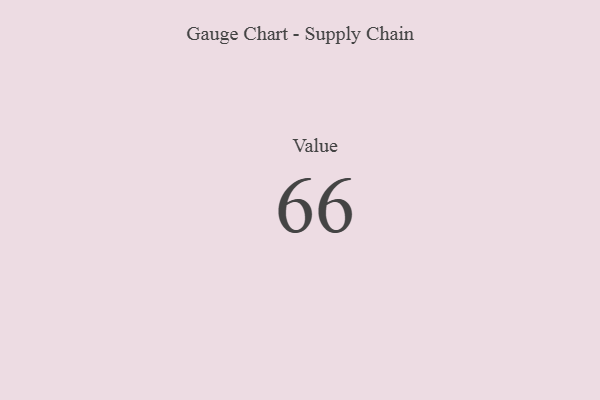
{"axis": {"x": "Metric", "y": "Value"}, "legend": [""], "data": [{"x": "Value", "y": 66, "type": ""}]}